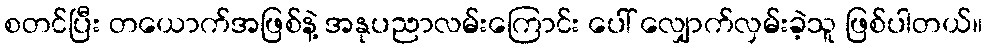
စတင်ပြီး တယောက်အဖြစ်နဲ့ အနုပညာလမ်းကြောင်း ပေါ် လျှောက်လှမ်းခဲ့သူ ဖြစ်ပါတယ်။